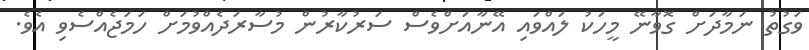
ވަގުތު ނަމާދަށް ގޮވާނޭ މީހަކު ލައްވައި އޭނާއަށްވެސް ސަރުކާރުން މުސާރަދެއްވުމަށް ހަމަޖެއްސެވި އެވެ.